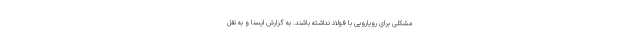
مشکلی برای رویارویی با فولاد نداشته باشند. به گزارش ایسنا و به نقل